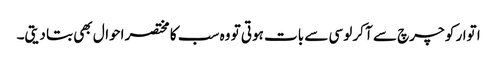
ا توار کو چرچ سے آ کر لوسی سے بات ہوتی تو وہ سب کا مختصر احوال بھی بتا دیتی۔